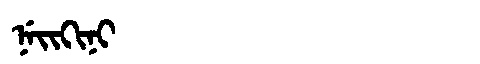
Manchu: ᠨᡝᡳᡴᡳᠨᡳ
Romanization: NEIKINI